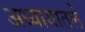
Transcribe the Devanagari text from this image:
अध्‍यायातले